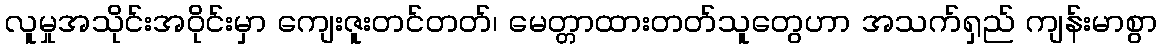
လူမှုအသိုင်းအဝိုင်းမှာ ကျေးဇူးတင်တတ်၊ မေတ္တာထားတတ်သူတွေဟာ အသက်ရှည် ကျန်းမာစွာ